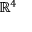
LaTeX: \mathbb { R } ^ { 4 }